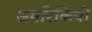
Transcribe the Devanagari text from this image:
अमरिकियों